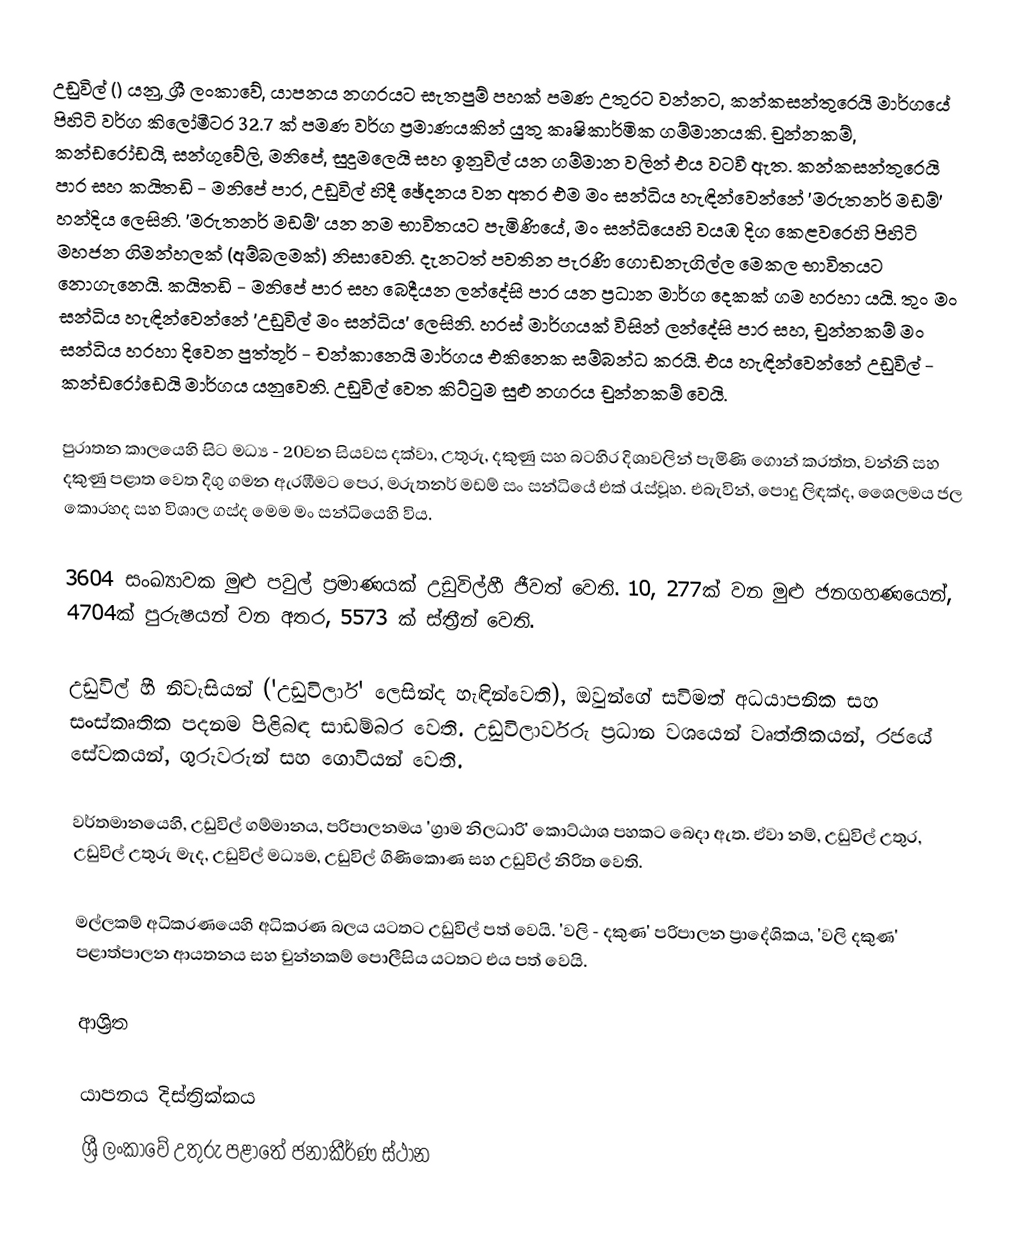
උඩුවිල් () යනු,  ශ්‍රී ලංකාවේ, යාපනය නගරයට සැතපුම් පහක් පමණ උතුරට වන්නට, කන්කසන්තුරෙයි මාර්ගයේ පිහිටි වර්ග කිලෝමීටර 32.7 ක් පමණ වර්ග ප්‍රමාණයකින් යුතු කෘෂිකාර්මික ගම්මානයකි. චුන්නකම්, කන්ඩරෝඩයි, සන්ගුවේලි, මනිපේ, සුදුමලෙයි සහ ඉනුවිල් යන ගම්මාන වලින් එය වටවී ඇත. කන්කසන්තුරෙයි පාර සහ කයිතඩි - මනිපේ පාර, උඩුවිල් හිදී ඡේදනය  වන අතර එම මං සන්ධිය හැඳින්වෙන්නේ  'මරුතනර් මඩම්' හන්දිය ලෙසිනි. 'මරුතනර් මඩම්' යන නම භාවිතයට පැමිණියේ, මං සන්ධියෙහි වයඹ දිග කෙළවරෙහි පිහිටි මහජන ගිමන්හලක් (අම්බලමක්) නිසාවෙනි. දැනටත් පවතින පැරණි ගොඩනැගිල්ල මෙකල භාවිතයට නොගැනෙයි. කයිතඩි - මනිපේ පාර සහ බෙදීයන ලන්දේසි පාර යන ප්‍රධාන මාර්ග දෙකක් ගම හරහා යයි. තුං මං සන්ධිය හැඳින්වෙන්නේ 'උඩුවිල් මං සන්ධිය'  ලෙසිනි. හරස් මාර්ගයක් විසින් ලන්දේසි පාර සහ, චුන්නකම් මං සන්ධිය හරහා දිවෙන  පුත්තූර් - චන්කානෙයි මාර්ගය එකිනෙක සම්බන්ධ කරයි. එය හැඳින්වෙන්නේ උඩුවිල් - කන්ඩරෝඩෙයි මාර්ගය යනුවෙනි. උඩුවිල් වෙත කිට්ටුම සුළු නගරය චුන්නකම් වෙයි.

පුරාතන කාලයෙහි සිට මධ්‍ය - 20වන සියවස දක්වා, උතුරු, දකුණු සහ බටහිර දිශාවලින් පැමිණි ගොන් කරත්ත,  වන්නි සහ දකුණු පළාත වෙත දිගු ගමන ඇරඹීමට පෙර, මරුතනර් මඩම් සං සන්ධියේ එක් රැස්වූහ. එබැවින්, පොදු ලිඳක්ද, ශෛලමය ජල කොරහද සහ විශාල ගස්ද  මෙම මං සන්ධියෙහි විය.

3604 සංඛ්‍යාවක මුළු පවුල් ප්‍රමාණයක් උඩුවිල්හී ජීවත් වෙති. 10, 277ක් වන මුළු ජනගහණයෙන්,  4704ක්  පුරුෂයන් වන අතර, 5573 ක් ස්ත්‍රීන් වෙති.

උඩුවිල් හී නිවැසියන් ('උඩුවිලාර්' ලෙසින්ද හැඳින්වෙති), ඔවුන්ගේ සවිමත් අධයාපනික සහ සංස්කෘතික පදනම පිළිබඳ සාඩම්බර වෙති. උඩුවිලාර්වරු ප්‍රධාන වශයෙන් වෘත්තිකයන්, රජයේ සේවකයන්, ගුරුවරුන් සහ ගොවියන් වෙති.

වර්තමානයෙහි, උඩුවිල් ගම්මානය, පරිපාලනමය  'ග්‍රාම නිලධාරි' කොට්ඨාශ පහකට බෙදා ඇත.  ඒවා නම්,  උඩුවිල් උතුර, උඩුවිල් උතුරු මැද, උඩුවිල් මධ්‍යම, උඩුවිල් ගිණිකොණ සහ උඩුවිල් නිරිත වෙති.

මල්ලකම් අධිකරණයෙහි අධිකරණ බලය යටතට උඩුවිල් පත් වෙයි. 'වලි - දකුණ' පරිපාලන ප්‍රාදේශිකය, 'වලි දකුණ' පළාත්පාලන ආයතනය සහ චුන්නකම් පොලීසිය යටතට එය පත් වෙයි.

ආශ්‍රිත

යාපනය දිස්ත්‍රික්කය
ශ්‍රී ලංකාවේ උතුරු පළාතේ ජනාකීර්ණ ස්ථාන